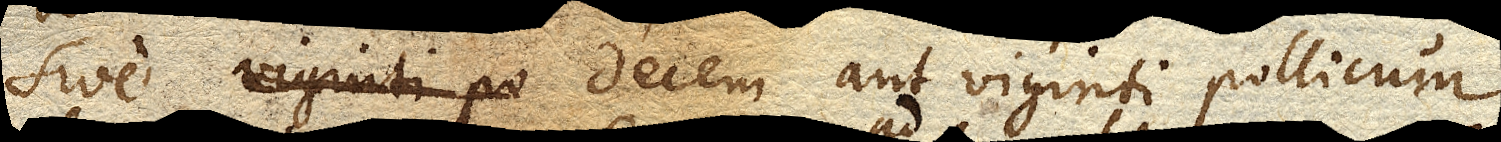
sive decem aut viginti pollicum